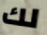
لك